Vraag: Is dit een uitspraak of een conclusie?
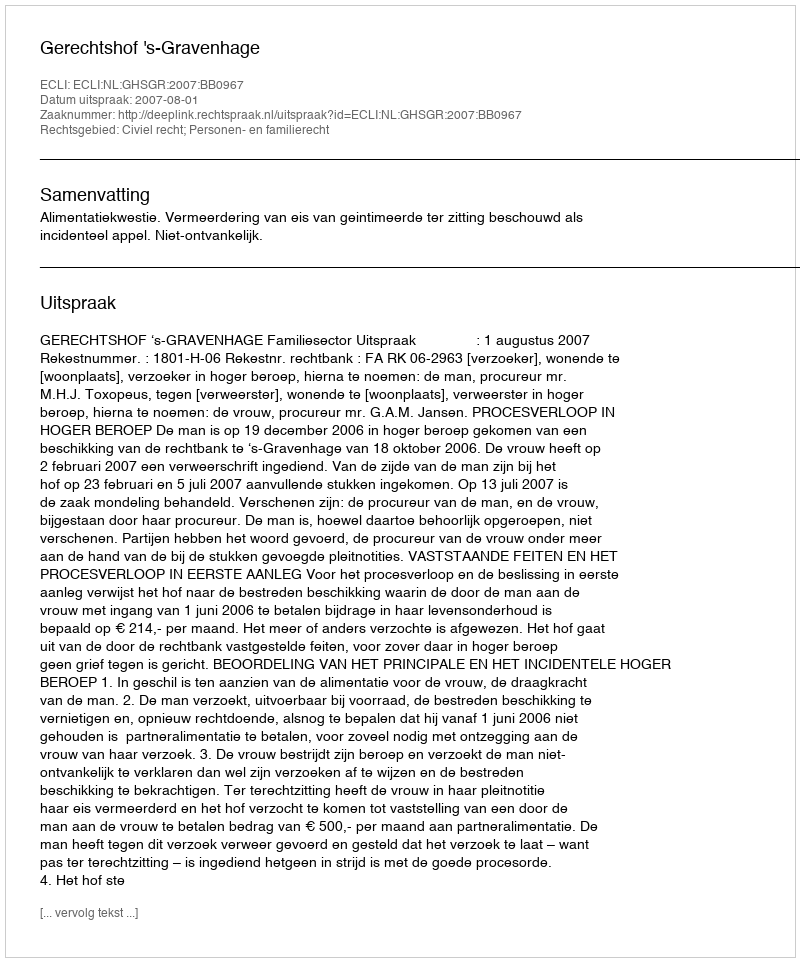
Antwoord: Uitspraak